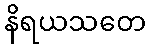
နိရယသတေ